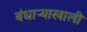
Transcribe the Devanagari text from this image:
बंधाऱ्याखाली